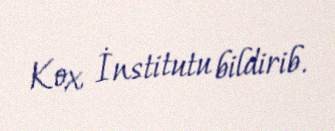
Kox İnstitutu bildirib.